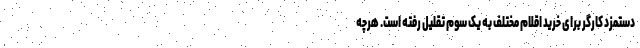
دستمزد کارگر برای خرید اقلام مختلف به یک سوم تقلیل رفته است. هرچه